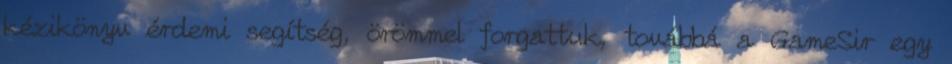
kézikönyv érdemi segítség, örömmel forgattuk, továbbá a GameSir egy